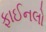
ફાઈનલો